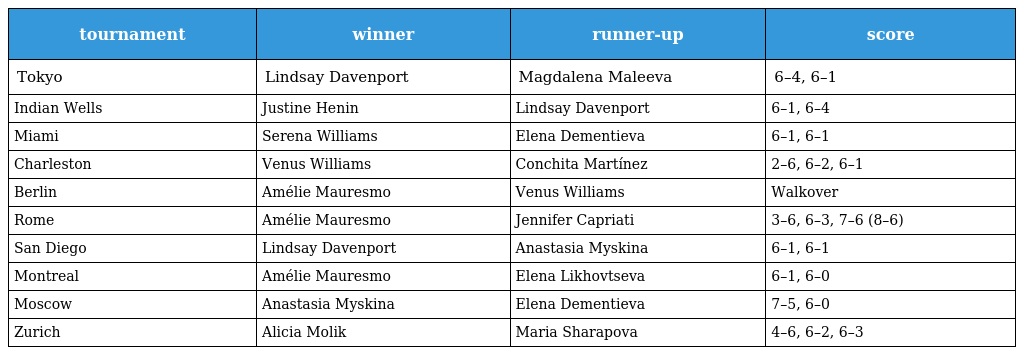
| tournament | winner | runner-up | score |
 | --- | --- | --- | --- |
 | Tokyo | Lindsay Davenport | Magdalena Maleeva | 6–4, 6–1 |
 | Indian Wells | Justine Henin | Lindsay Davenport | 6–1, 6–4 |
 | Miami | Serena Williams | Elena Dementieva | 6–1, 6–1 |
 | Charleston | Venus Williams | Conchita Martínez | 2–6, 6–2, 6–1 |
 | Berlin | Amélie Mauresmo | Venus Williams | Walkover |
 | Rome | Amélie Mauresmo | Jennifer Capriati | 3–6, 6–3, 7–6 (8–6) |
 | San Diego | Lindsay Davenport | Anastasia Myskina | 6–1, 6–1 |
 | Montreal | Amélie Mauresmo | Elena Likhovtseva | 6–1, 6–0 |
 | Moscow | Anastasia Myskina | Elena Dementieva | 7–5, 6–0 |
 | Zurich | Alicia Molik | Maria Sharapova | 4–6, 6–2, 6–3 |